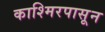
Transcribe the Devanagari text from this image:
काश्मिरपासून